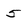
Character: 5